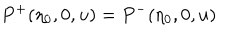
P ^ { + } ( \eta _ { 0 } , 0 , u ) = P ^ { - } ( \eta _ { 0 } , 0 , u )